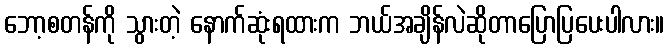
ဘော့စတန်ကို သွားတဲ့ နောက်ဆုံးရထားက ဘယ်အချိန်လဲဆိုတာပြောပြပေးပါလား။